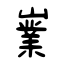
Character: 嶪